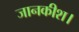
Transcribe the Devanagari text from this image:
जानकीश।